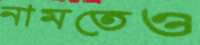
নামতেও